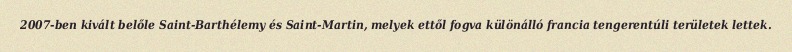
2007-ben kivált belőle Saint-Barthélemy és Saint-Martin, melyek ettől fogva különálló francia tengerentúli területek lettek.